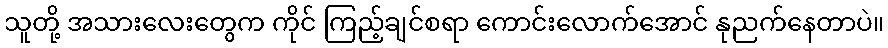
သူတို့ အသားလေးတွေက ကိုင် ကြည့်ချင်စရာ ကောင်းလောက်အောင် နုညက်နေတာပဲ။